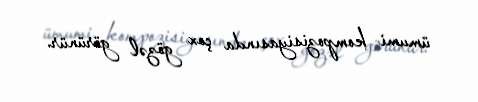
ümumi kompozisiyasında çox gözəl görünür.